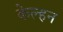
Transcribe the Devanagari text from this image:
केल्हन